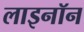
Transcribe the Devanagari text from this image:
लाइनॉन